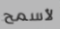
لأسمح